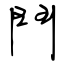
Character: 鬥